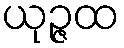
ယုဉ္ဇထ